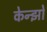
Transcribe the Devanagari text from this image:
केन्झो